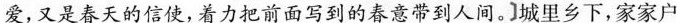
爱，又是春天的信使,着力把前面写到的春意带到人间。城里乡下,家家户